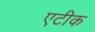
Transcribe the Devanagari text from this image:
एटीक